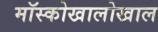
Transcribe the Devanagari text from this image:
मॉस्कोखालोखाल